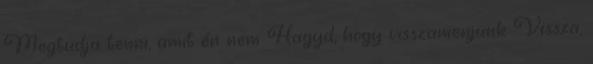
Megtudja tenni, amit én nem Hagyd, hogy visszamenjünk Vissza,